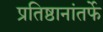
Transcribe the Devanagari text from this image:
प्रतिष्ठानांतर्फे